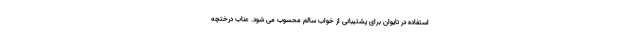
استفاده در تایوان برای پشتیبانی از خواب سالم محسوب می شود. عناب درختچه